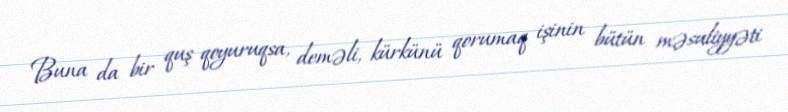
Buna da bir quş qoyuruqsa, deməli, kürkünü qorumaq işinin bütün məsuliyyəti